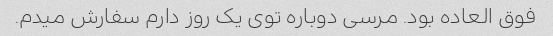
فوق العاده بود. مرسی دوباره توی یک روز دارم سفارش میدم.